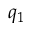
q _ { 1 }